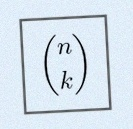
\binom{n}{k}